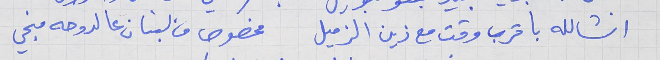
انشالله باقرب وقت مع زين الزميل     مخصوص من لبنان عالدوحه بنجي